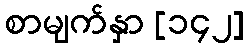
စာမျက်နှာ [၁၄၂]